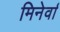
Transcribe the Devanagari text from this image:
मिनेर्वा